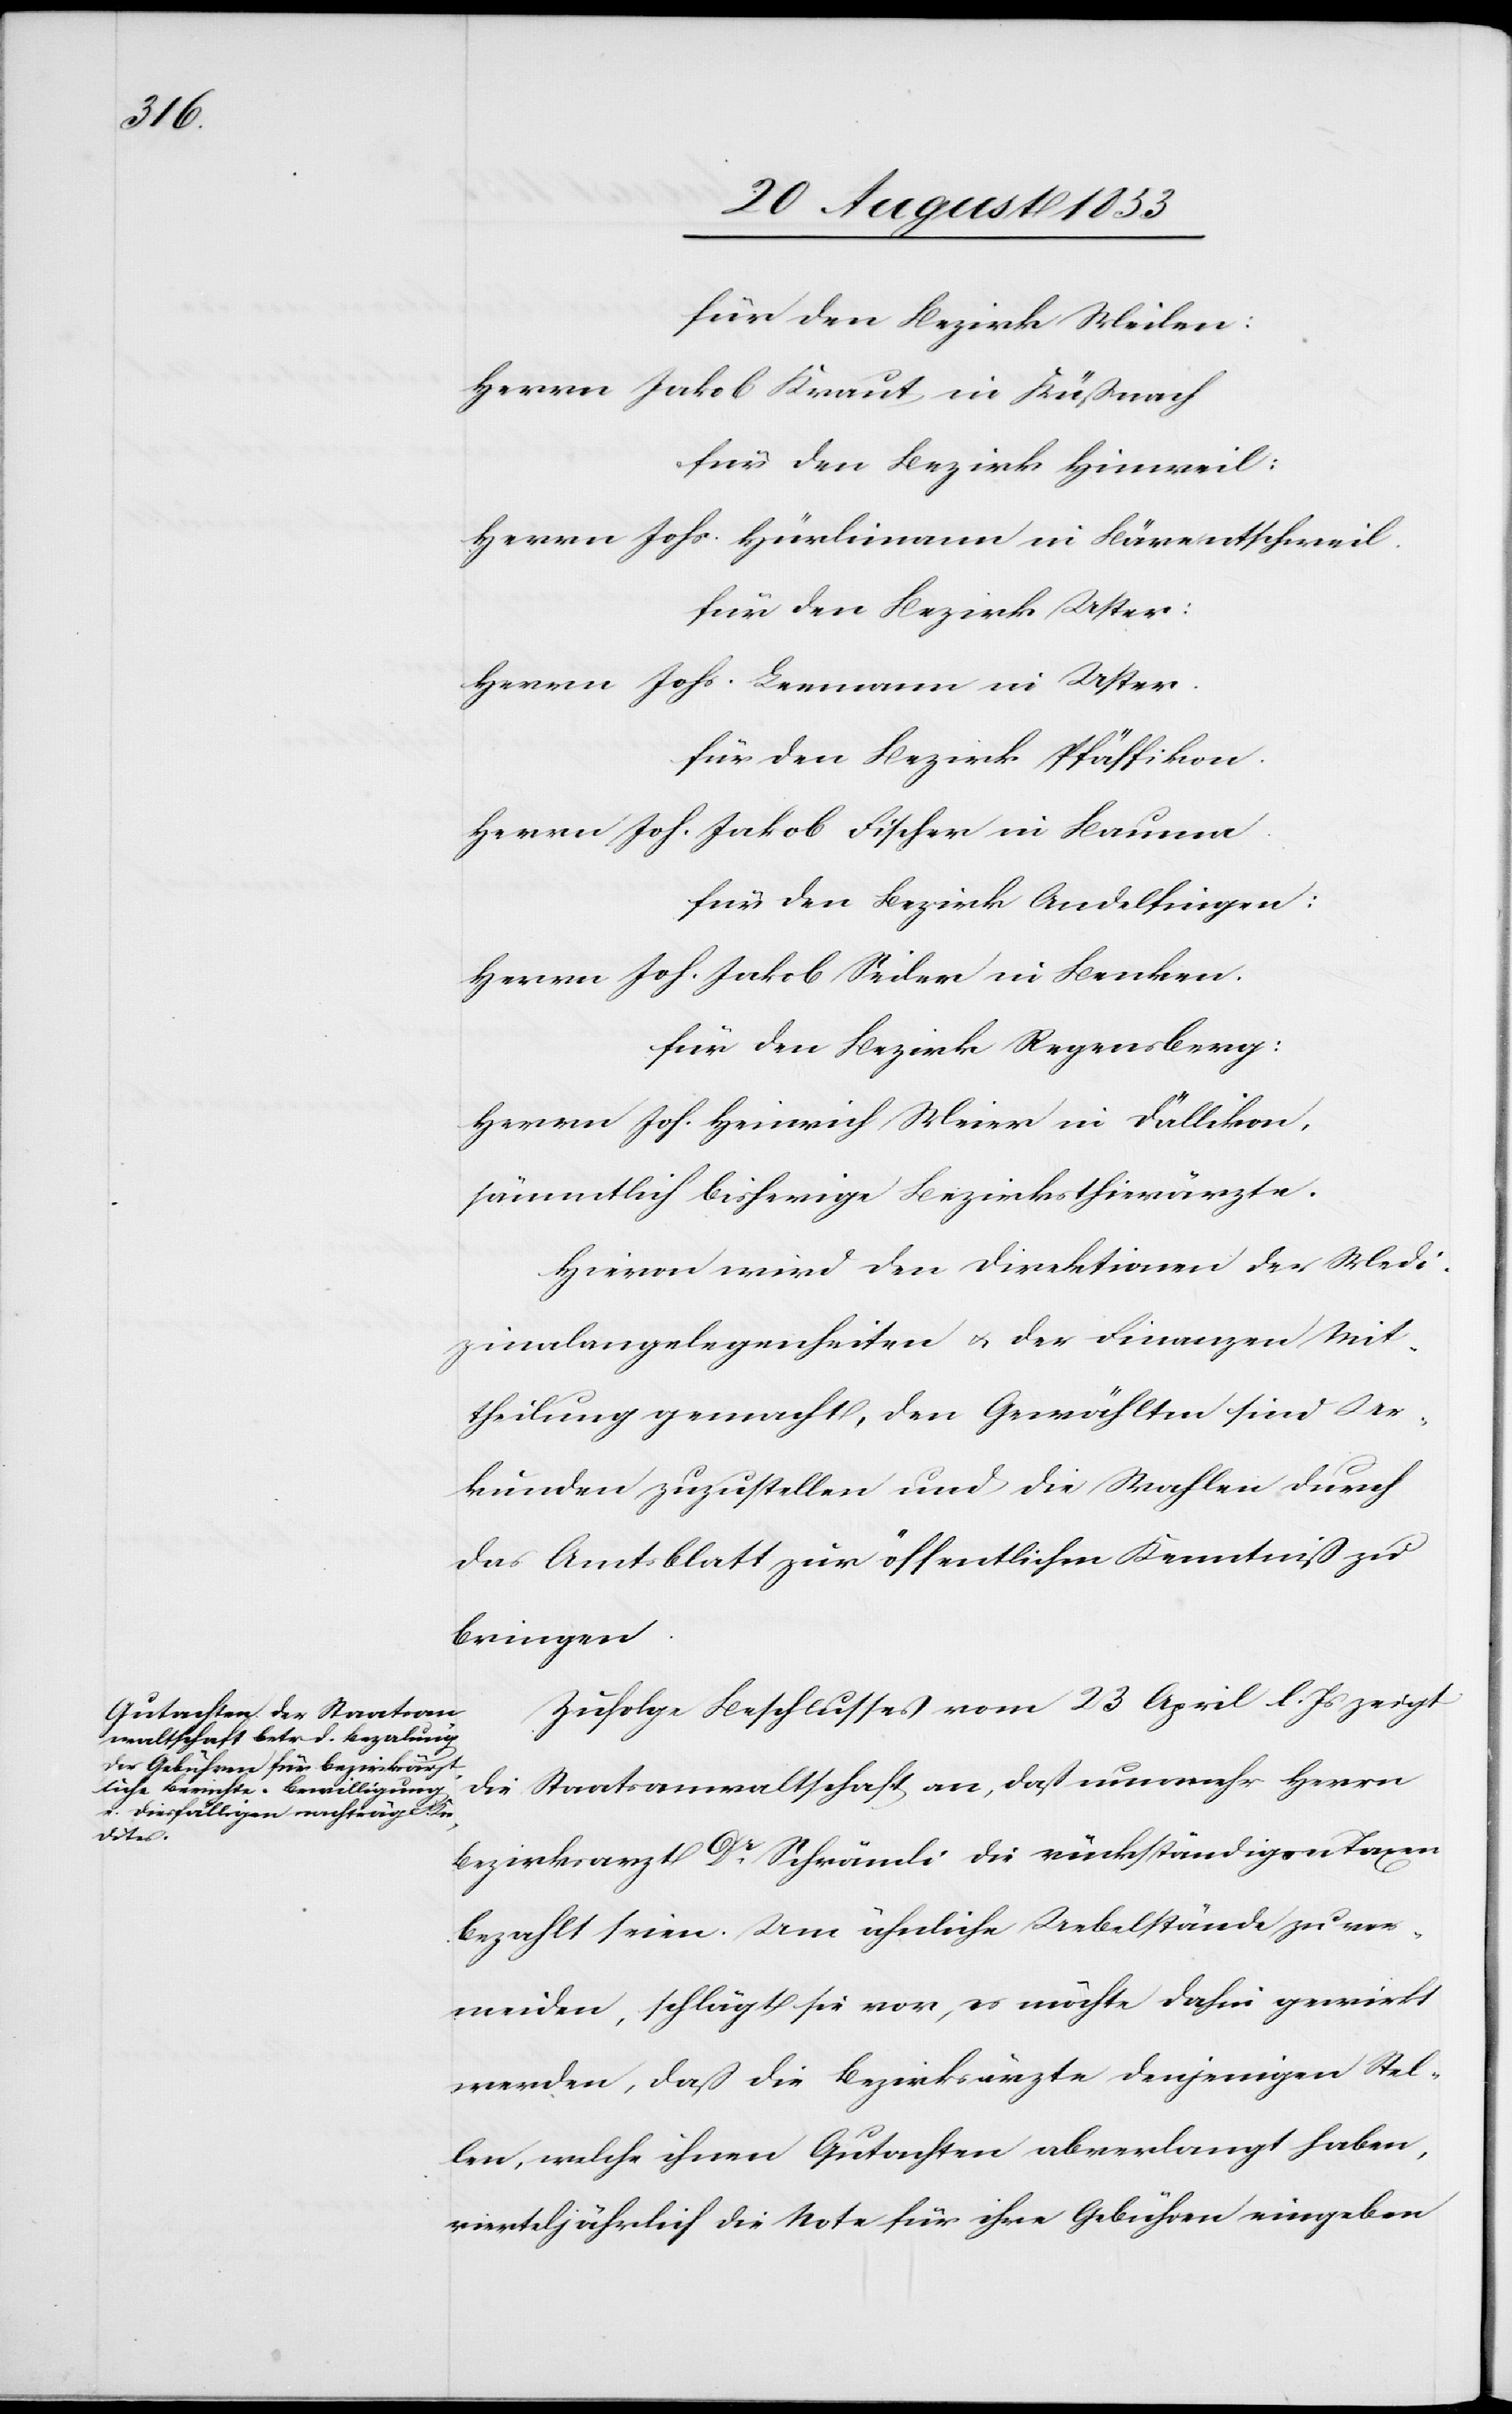
für den Bezirk Meilen:
Herrn Jakob Kraut, in Küßnacht
für den Bezirk Hinweil:
Herrn Joh. Hürlimann in Bärentschweil.
für den Bezirk Uster:
Herrn Johs. Leemann in Uster.
für den Bezirk Pfäffikon
Herrn Joh. Jakob Fischer in Bauma.
für den Bezirk Andelfingen:
Herrn Joh. Jakob Seder in Benken.
für den Bezirk Regensberg:
Herrn Joh. Heinrich Meier in Dällikon.
sämmtliche bisherige Bezirksthierärzte.
Hievon wird den Direktionen der Medi¬
zinalangelegenheiten u. der Finanzen Mit¬
theilung gemacht, den Gewählten sind Ur¬
kunde zuzustellen und die Wahlen durch
das Amtsblatt zur öffentlichen Kenntniß zu
bringen.
Zufolge Beschlusses vom 23 April l. Js. zeigt
die Staatsanwaltschaft an, daß nunmehr Herrn
Bezirksarzt Dr Schrämli die rückständigen Taxen
bezahlt seien. Um ähnliche Uebelstände zu ver¬
meiden, schlägt sie vor, es möchte dahin gewirkt
werden, daß die Bezirksärzte denjenigen Stel¬
len, welche ihnen Gutachten abverlangt haben,
vierteljährlich die Note für ihre Gebühren eingeben